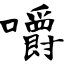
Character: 嚼